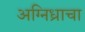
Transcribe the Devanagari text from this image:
अग्निध्राचा